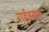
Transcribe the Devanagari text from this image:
राईटसम